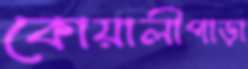
কোয়ালীপাড়া